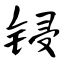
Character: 锓